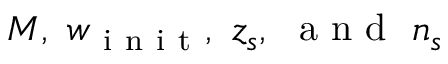
M , \ w _ { \mathrm { ~ i ~ n ~ i ~ t ~ } } , \ z _ { s } , \ \mathrm { ~ a ~ n ~ d ~ } \ n _ { s }